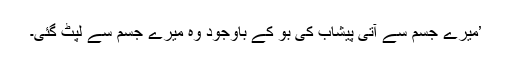
’میرے جسم سے آتی پیشاب کی بو کے باوجود وہ میرے جسم سے لپٹ گئی۔